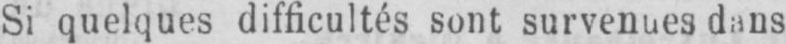
Si quelques difficultés sont survenues dans